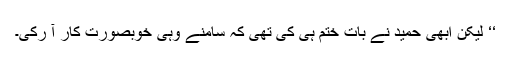
‘‘ لیکن ابھی حمید نے بات ختم ہی کی تھی کہ سامنے وہی خوبصورت کار آ رُکی۔